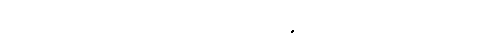
ပြင်သစ်တပ်များက ဝင် ရောက်သိမ်းပိုက်ခြင်း မပြုသေးချေ။